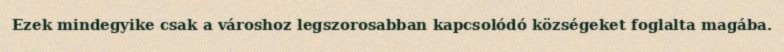
Ezek mindegyike csak a városhoz legszorosabban kapcsolódó községeket foglalta magába.